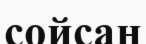
сойсаң